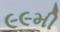
૯૯મી